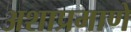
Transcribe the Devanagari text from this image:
अशाप्रमाणे